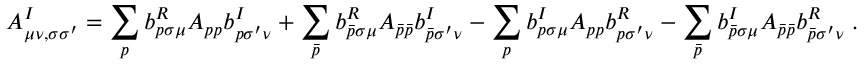
A _ { \mu \nu , \sigma \sigma ^ { \prime } } ^ { I } = \sum _ { p } b _ { p \sigma \mu } ^ { R } A _ { p p } b _ { p \sigma ^ { \prime } \nu } ^ { I } + \sum _ { \bar { p } } b _ { \bar { p } \sigma \mu } ^ { R } A _ { \bar { p } \bar { p } } b _ { \bar { p } \sigma ^ { \prime } \nu } ^ { I } - \sum _ { p } b _ { p \sigma \mu } ^ { I } A _ { p p } b _ { p \sigma ^ { \prime } \nu } ^ { R } - \sum _ { \bar { p } } b _ { \bar { p } \sigma \mu } ^ { I } A _ { \bar { p } \bar { p } } b _ { \bar { p } \sigma ^ { \prime } \nu } ^ { R } \; .